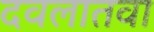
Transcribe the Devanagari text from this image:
दवलातवा